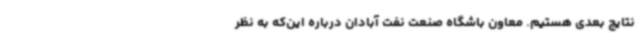
نتایج بعدی هستیم. معاون باشگاه صنعت نفت آبادان درباره این‌که به نظر